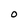
Character: O